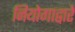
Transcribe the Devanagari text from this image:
नियोगाद्वारे